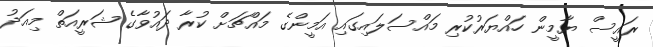
ރައީސް ޔާމީން ހައްޔަރުކުރި މައްސަލައިގައި އަމީންގެ މައްޗަށް ކުރާ ދައުވާގެ ޝަރީއަތް މިއަދު